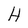
Character: H